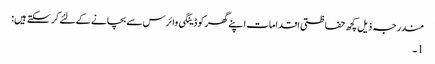
مندرجہ ذیل کچھ حفاظتی اقدامات اپنے گھر کو ڈینگی وائرس سے بچانے کے لئے کر سکتے ہیں:
1۔